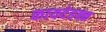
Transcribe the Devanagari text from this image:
कायदेहक्क